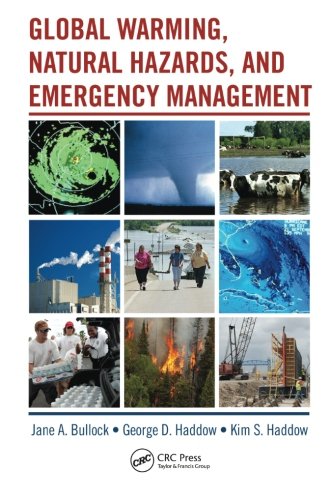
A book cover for Global Warming, Natural Hazards, and Emergency Management; Science & Math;